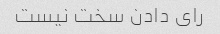
رای دادن سخت نیست